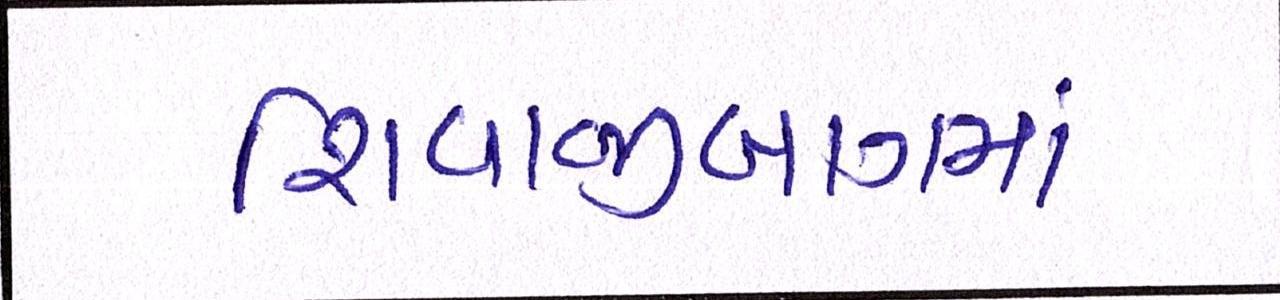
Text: શિવાજીબાગમાં